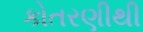
કોતરણીથી